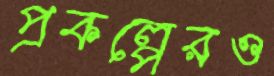
প্রকল্পেরও